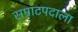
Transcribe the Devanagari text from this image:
सम्राटपदाला